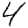
Digit: 4